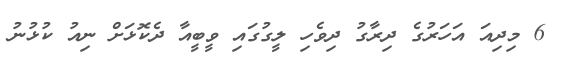
6 މިދިއަ އަހަރުގެ ދިރާގު ދިވެހި ލީގުގައި ވީބީއާ ދެކޮޅަށް ނިއު ކުޅުނު